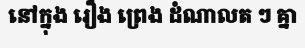
នៅក្នុង រឿង ព្រេង ដំណាលត ៗ គ្នា